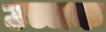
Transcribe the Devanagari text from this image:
उच्चक